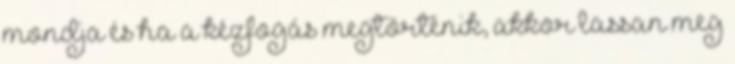
mondja és ha a kézfogás megtörténik, akkor lassan meg